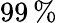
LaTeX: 99\, \%